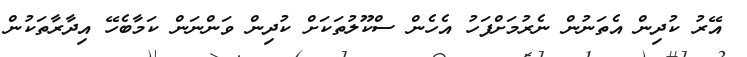
އޭރު ކުދިން އެތަނުން ނެރުމަށްފަހު އެހެން ސްކޫލުތަކަށް ކުދިން ވަންނަން ކަމާބެހޭ އިދާރާތަކުން